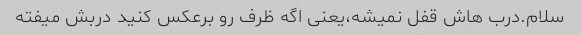
سلام.درب هاش قفل نمیشه،یعنی اگه ظرف رو برعکس کنید دربش میفته